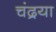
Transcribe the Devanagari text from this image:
चंद्रया